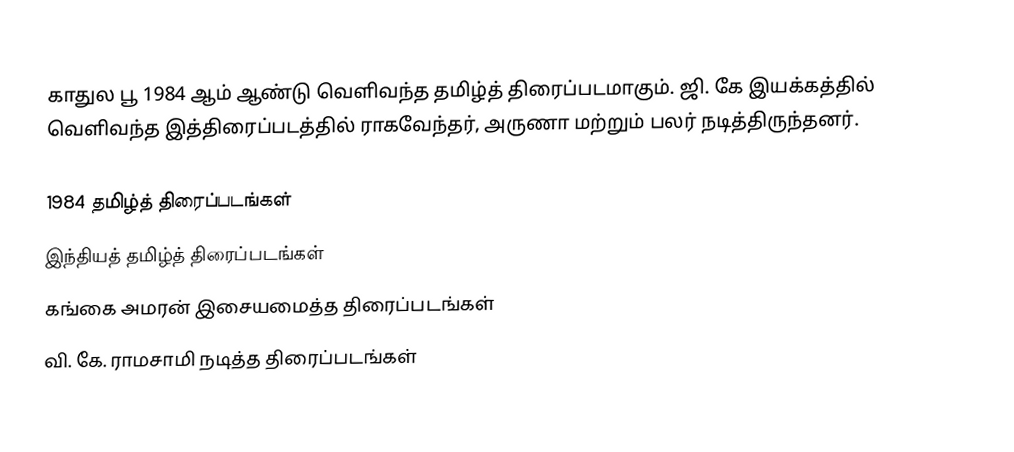
காதுல பூ 1984 ஆம் ஆண்டு வெளிவந்த தமிழ்த் திரைப்படமாகும். ஜி. கே இயக்கத்தில் வெளிவந்த இத்திரைப்படத்தில் ராகவேந்தர், அருணா மற்றும் பலர் நடித்திருந்தனர்.

1984 தமிழ்த் திரைப்படங்கள்
இந்தியத் தமிழ்த் திரைப்படங்கள்
கங்கை அமரன் இசையமைத்த திரைப்படங்கள்
வி. கே. ராமசாமி நடித்த திரைப்படங்கள்